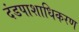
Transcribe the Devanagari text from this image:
दंडपाशाधिकरण